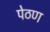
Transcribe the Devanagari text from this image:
पेठण